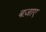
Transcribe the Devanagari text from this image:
बज़ाए